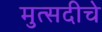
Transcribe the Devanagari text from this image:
मुत्सदीचे